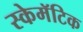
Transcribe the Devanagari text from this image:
स्केमॅटिक